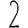
Digit: 2